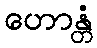
ဟောန္တံ